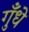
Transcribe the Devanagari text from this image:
गुँधे